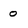
Character: o